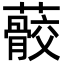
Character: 䕧